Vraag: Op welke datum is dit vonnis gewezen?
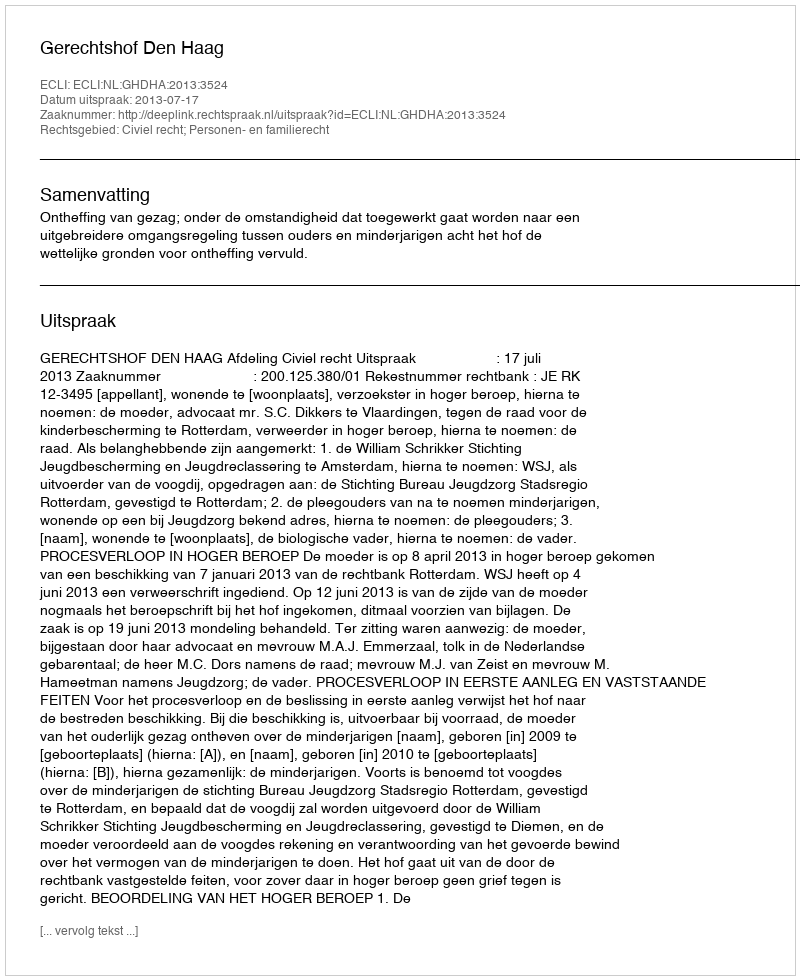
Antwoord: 2013-07-17